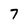
Character: 7